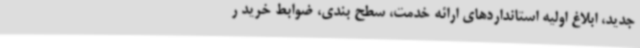
جدید، ابلاغ اولیه استانداردهای ارائه خدمت، سطح بندی، ضوابط خرید ر